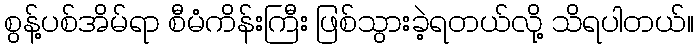
စွန့်ပစ်အိမ်ရာ စီမံကိန်းကြီး ဖြစ်သွားခဲ့ရတယ်လို့ သိရပါတယ်။